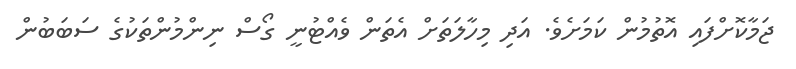
ޖަމާކޮށްފައި އޮތުމުން ކަމަށެވެ. އަދި މިހާލަތަށް އެތަން ވެއްޓުނީ ގޯސް ނިންމުންތަކުގެ ސަބަބުން